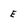
Character: E